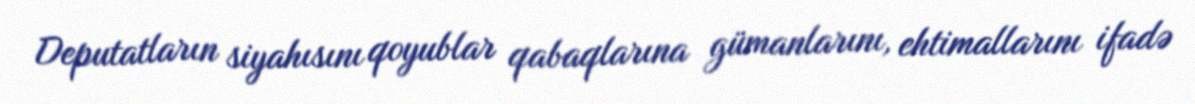
Deputatların siyahısını qoyublar qabaqlarına gümanlarını, ehtimallarını ifadə